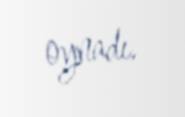
oynadı.